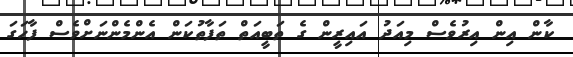
ކާން އިން އިރުވެސް މިއަދު އައިރީން ގެ ތަބީއަތް ތަފާތުކަން އެންމެންނަށްވެސް ފާހަގަ